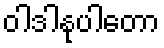
ဝါဒါနုပါတော